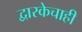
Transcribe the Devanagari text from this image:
द्वारकेचाही